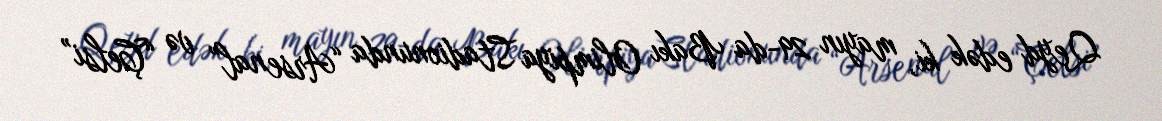
Qeyd edək ki, mayın 29-da Bakı Olimpiya Stadionunda “Arsenal” və “Çelsi”